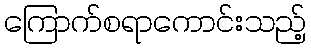
ကြောက်စရာကောင်းသည့်